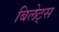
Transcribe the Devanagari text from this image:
बिलेट्स